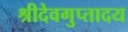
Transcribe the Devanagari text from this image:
श्रीदेवगुप्तादय